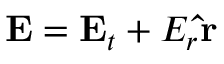
\mathbf { E } = \mathbf { E } _ { t } + E _ { r } \mathbf { \hat { r } }